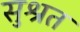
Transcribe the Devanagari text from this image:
सुश्रत